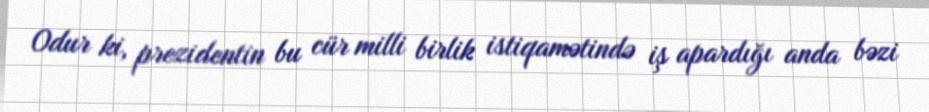
Odur ki, prezidentin bu cür milli birlik istiqamətində iş apardığı anda bəzi